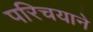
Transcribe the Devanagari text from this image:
परिचयाने